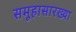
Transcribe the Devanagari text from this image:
समूहासारख्या